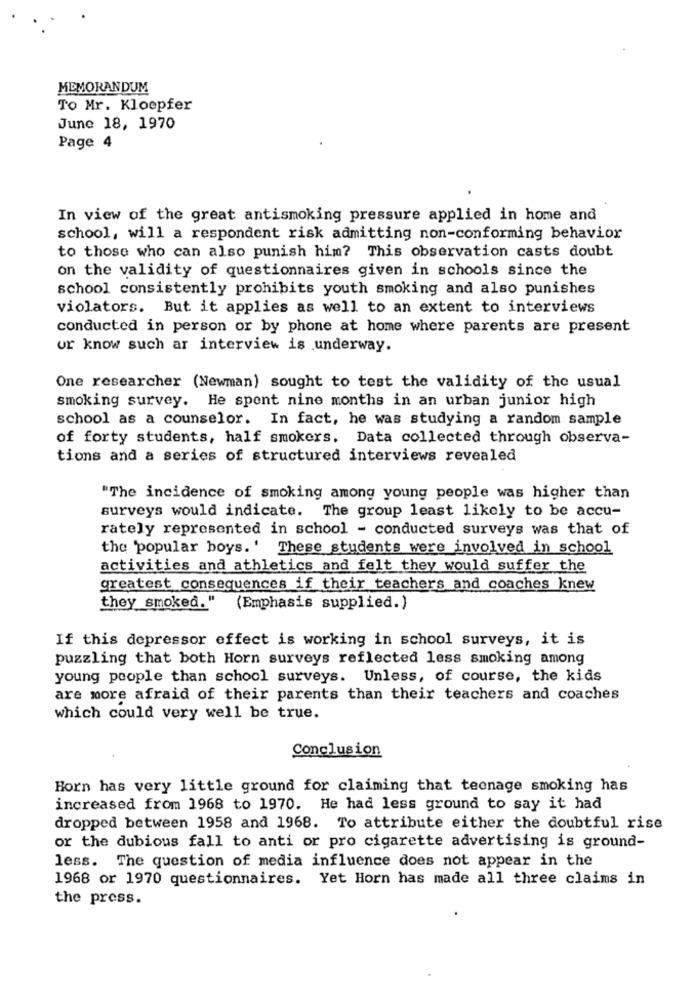
MEMORANDUM
To Mr. Kloepfer
June 18, 1970
Page 4
In view of the great antismoking pressure applied in home and
school, will a respondent risk admitting non-conforming behavior
to those who can also punish him? This observation casts doubt
on the validity of questionnaires given in schools since the
school consistently prohibits youth smoking and also punishes
violators. But it applies as well to an extent to interviews
conducted in person or by phone at home where parents are present
ur know such ar interview is underway.
One researcher (Newman) sought to test the validity of the usual
smoking survey. He spent nine months in an urban junior high
school as a counselor. In fact, he was studying a random sample
of forty students, half smokers. Data collected through observa-
tions and a series of structured interviews revealed
"The incidence of smoking among young people was higher than
surveys would indicate. The group least likely to be accu-
rately represented in school - conducted surveys was that of
the 'popular boys.' These students were involved in school
activities and athletics and felt they would suffer the
greatest consequences if their teachers and coaches knew
they smoked."
(Emphasis supplied.)
If this depressor effect is working in school surveys, it is
puzzling that both Horn surveys reflected less smoking among
young people than school surveys. Unless, of course, the kids
are more afraid of their parents than their teachers and coaches
which could very well be true.
Conclusion
Horn has very little ground for claiming that teenage smoking has
increased from 1968 to 1970. He had less ground to say it had
dropped between 1958 and 1968. To attribute either the doubtful rise
or the dubious fall to anti or pro cigarette advertising is ground-
less. The question of media influence does not appear in the
1968 or 1970 questionnaires. Yet Horn has made all three claims in
the press.